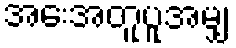
အေးအတူပူအမျှ